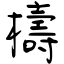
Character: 檮